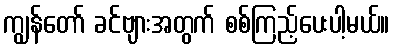
ကျွန်တော် ခင်ဗျားအတွက် စစ်ကြည့်ပေးပါ့မယ်။